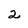
Character: 2